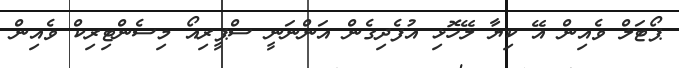
ޕޯޓަލް ވެއިން އޭ ކިޔާ ލޭހޮޅި އުފެދިގެން އަންނަނީ ސްޕީރިއޯ މިސެންޓިރިކް ވެއިން